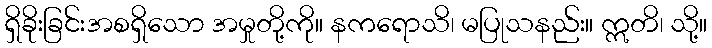
ရှိခိုးခြင်းအစရှိသော အမှုတို့ကို။ နကရောသိ၊ မပြုသနည်း။ ဣတိ၊ သို့။